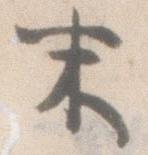
末